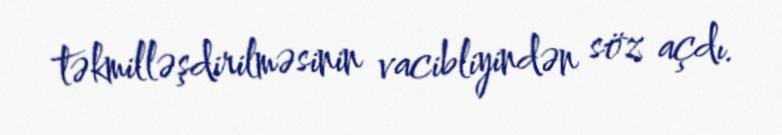
təkmilləşdirilməsinin vacibliyindən söz açdı.